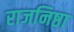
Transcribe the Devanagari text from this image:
राजनिष्ठा